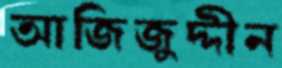
আজিজুদ্দীন